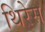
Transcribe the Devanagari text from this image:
थिरेस